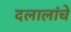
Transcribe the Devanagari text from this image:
दलालांचे